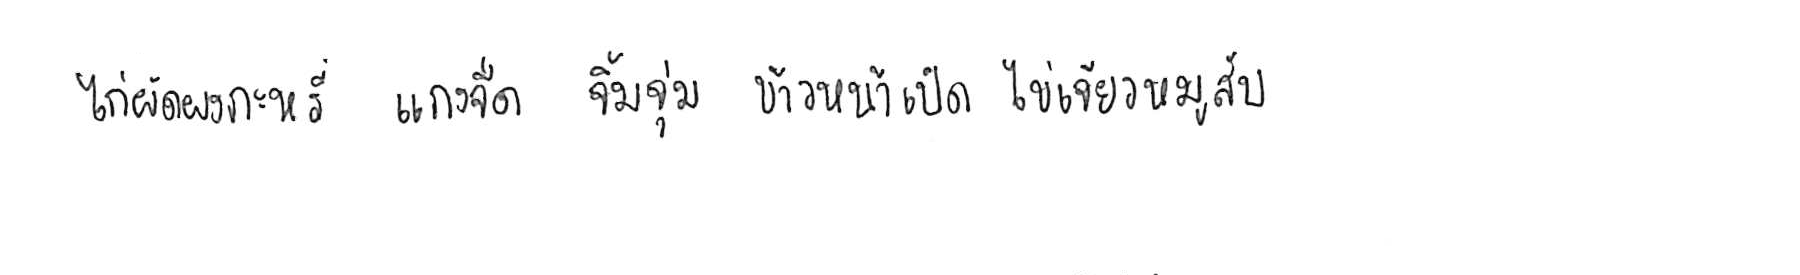
ไก่ผัดผงกะหรี่ แกงจืด จิ้มจุ่ม ข้าวหน้าเป็ด ไข่เจียวหมูสับ